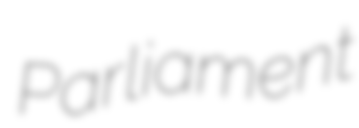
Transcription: Parliament